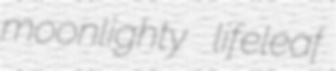
moonlighty lifeleaf